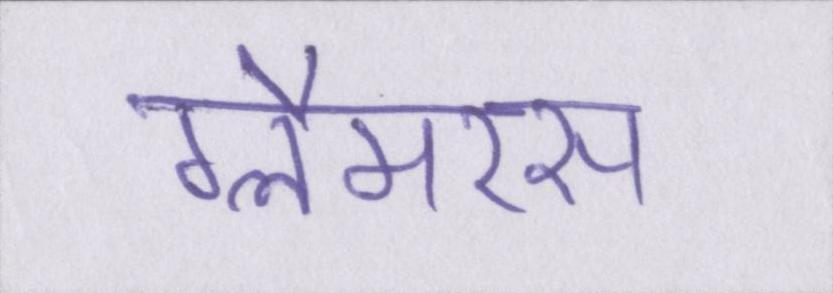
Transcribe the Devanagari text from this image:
ग्लैमरस